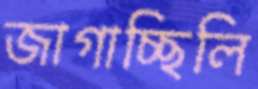
জাগাচ্ছিলি